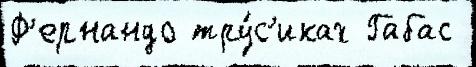
Ф'ернандо тру́с'иках Габас